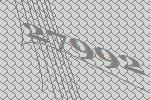
27992